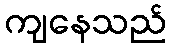
ကျနေသည်